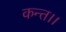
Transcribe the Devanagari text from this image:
कन्‍त।।